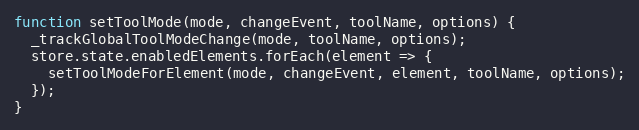
Language: JavaScript
function setToolMode(mode, changeEvent, toolName, options) {
  _trackGlobalToolModeChange(mode, toolName, options);
  store.state.enabledElements.forEach(element => {
    setToolModeForElement(mode, changeEvent, element, toolName, options);
  });
}